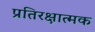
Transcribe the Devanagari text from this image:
प्रतिरक्षात्‍मक